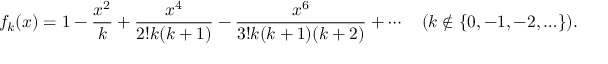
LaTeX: f _ { k } ( x ) = 1 - { \frac { x ^ { 2 } } { k } } + { \frac { x ^ { 4 } } { 2 ! k ( k + 1 ) } } - { \frac { x ^ { 6 } } { 3 ! k ( k + 1 ) ( k + 2 ) } } + \cdots \quad ( k \notin \{ 0 , - 1 , - 2 , \ldots \} ) .